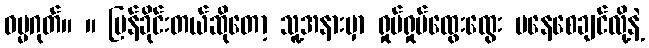
ဓမ္မဂုတ်။ ။ ပြန်ခိုင်းတယ်ဆိုတော့ သူ့အနားမှာ ရှုပ်ရှုပ်ထွေးထွေး မနေစေချင်လို့နဲ့